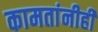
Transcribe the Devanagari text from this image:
कामतांनीही